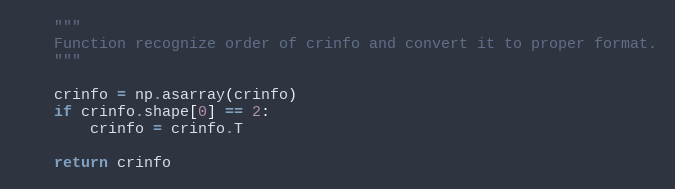
Language: Python
    """
    Function recognize order of crinfo and convert it to proper format.
    """

    crinfo = np.asarray(crinfo)
    if crinfo.shape[0] == 2:
        crinfo = crinfo.T

    return crinfo